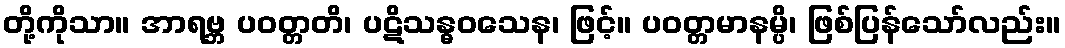
တို့ကိုသာ။ အာရဗ္ဘ ပဝတ္တတိ၊ ပဋိသန္ဓဝသေန၊ ဖြင့်။ ပဝတ္တမာနမ္ပိ၊ ဖြစ်ပြန်သော်လည်း။